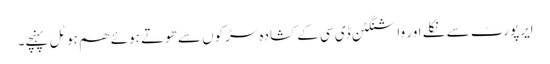
ایرپورٹ سے نکلے اور واشنگٹن ڈی سی کے کشادہ سڑکوں سے ھوتے ہوئے ھم ہوٹل پہنچے۔